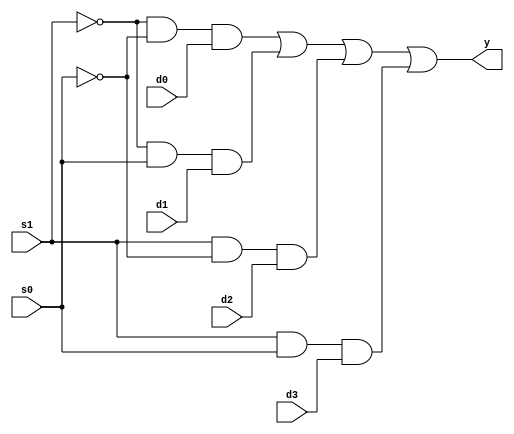
`timescale 1ns / 1ps
module mux4_1 (input d0, 
              input d1,
              input d2,
              input d3,
              input s0,
              input s1,
              output y);

  wire p,q,r,s ,s1bar, s0bar ;

  not(s1bar , s1);
  not(s0bar, s0);
 and(p,s1bar,s0bar,d0);
 and(q,s1bar,s0,d1);
  and(r,s1,s0bar,d2);
  and(s,s1,s0,d3);
 or(y,p,q,r,s);

endmodule